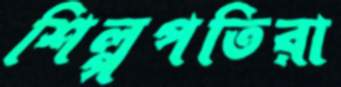
শিল্পপতিরা